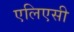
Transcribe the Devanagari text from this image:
एलिएसी